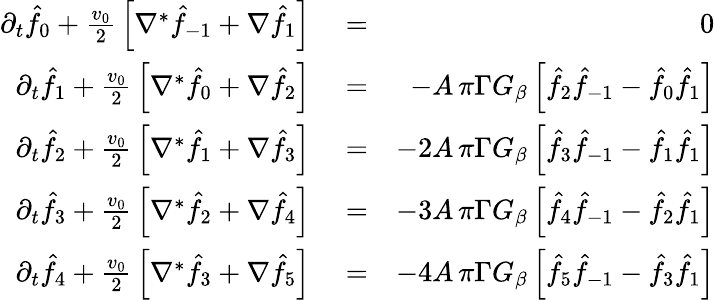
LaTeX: \begin{array}{rlr}{\partial_{t}\hat{f}_{0}+{\frac{v_{0}}{2}}\left[\nabla^{*}\hat{f}_{-1}+\nabla\hat{f}_{1}\right]}&{{}=}&{0}\\ {\partial_{t}\hat{f}_{1}+{\frac{v_{0}}{2}}\left[\nabla^{*}\hat{f}_{0}+\nabla\hat{f}_{2}\right]}&{{}=}&{-A\, \pi\Gamma G_{\beta}\left[\hat{f}_{2}\hat{f}_{-1}-\hat{f}_{0}\hat{f}_{1}\right]}\\ {\partial_{t}\hat{f}_{2}+{\frac{v_{0}}{2}}\left[\nabla^{*}\hat{f}_{1}+\nabla\hat{f}_{3}\right]}&{{}=}&{-2A\, \pi\Gamma G_{\beta}\left[\hat{f}_{3}\hat{f}_{-1}-\hat{f}_{1}\hat{f}_{1}\right]}\\ {\partial_{t}\hat{f}_{3}+{\frac{v_{0}}{2}}\left[\nabla^{*}\hat{f}_{2}+\nabla\hat{f}_{4}\right]}&{{}=}&{-3A\, \pi\Gamma G_{\beta}\left[\hat{f}_{4}\hat{f}_{-1}-\hat{f}_{2}\hat{f}_{1}\right]}\\ {\partial_{t}\hat{f}_{4}+{\frac{v_{0}}{2}}\left[\nabla^{*}\hat{f}_{3}+\nabla\hat{f}_{5}\right]}&{{}=}&{-4A\, \pi\Gamma G_{\beta}\left[\hat{f}_{5}\hat{f}_{-1}-\hat{f}_{3}\hat{f}_{1}\right]}\end{array}